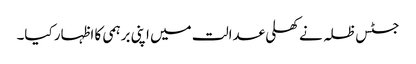
جسٹس ظلہ نے کھلی عدالت میں اپنی برہمی کا اظہار کیا۔